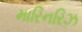
મારિનરિઝ